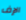
الإف